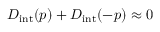
D _ { \mathrm { i n t } } ( p ) + D _ { \mathrm { i n t } } ( - p ) \approx 0